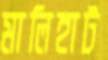
মালিহাট